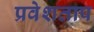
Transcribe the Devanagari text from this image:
प्रवेशताप